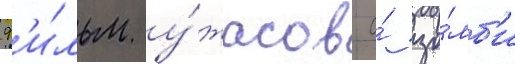
ф'и́льм у́жасов о́ зо́мб'и